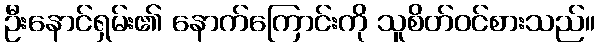
ဦးနောင်ရှမ်း၏ နောက်ကြောင်းကို သူစိတ်ဝင်စားသည်။